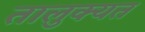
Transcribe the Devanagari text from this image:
तालुक्यत